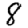
Digit: 8